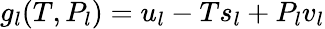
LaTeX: g_{l}(T,P_{l})=u_{l}-Ts_{l}+P_{l}v_{l}